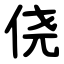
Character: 侥